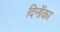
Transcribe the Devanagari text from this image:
दिनोंका